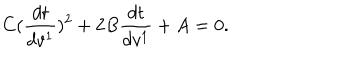
C ( \frac { d t } { d v ^ { 1 } } ) ^ { 2 } + 2 B \frac { d t } { d v ^ { 1 } } + A = 0 .